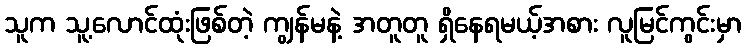
သူက သူ့လောင်ထုံးဖြစ်တဲ့ ကျွန်မနဲ့ အတူတူ ရှိနေရမယ့်အစား လူမြင်ကွင်းမှာ